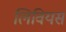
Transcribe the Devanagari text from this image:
लिवियस